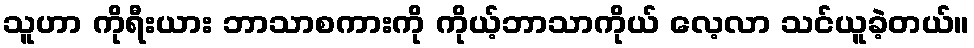
သူဟာ ကိုရီးယား ဘာသာစကားကို ကိုယ့်ဘာသာကိုယ် လေ့လာ သင်ယူခဲ့တယ်။